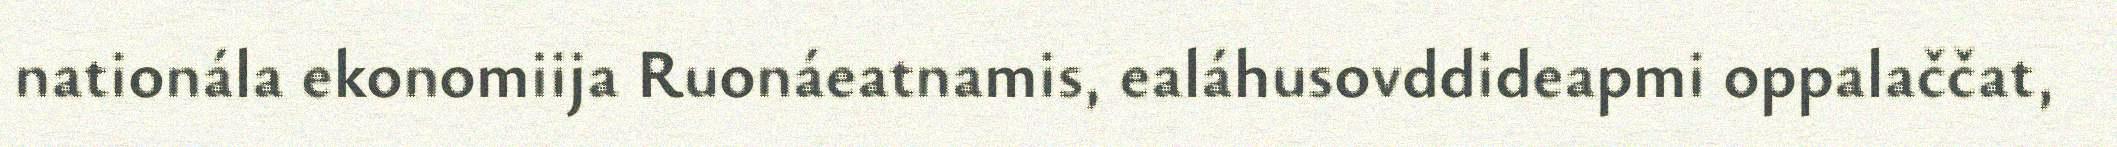
nationála ekonomiija Ruonáeatnamis, ealáhusovddideapmi oppalaččat,